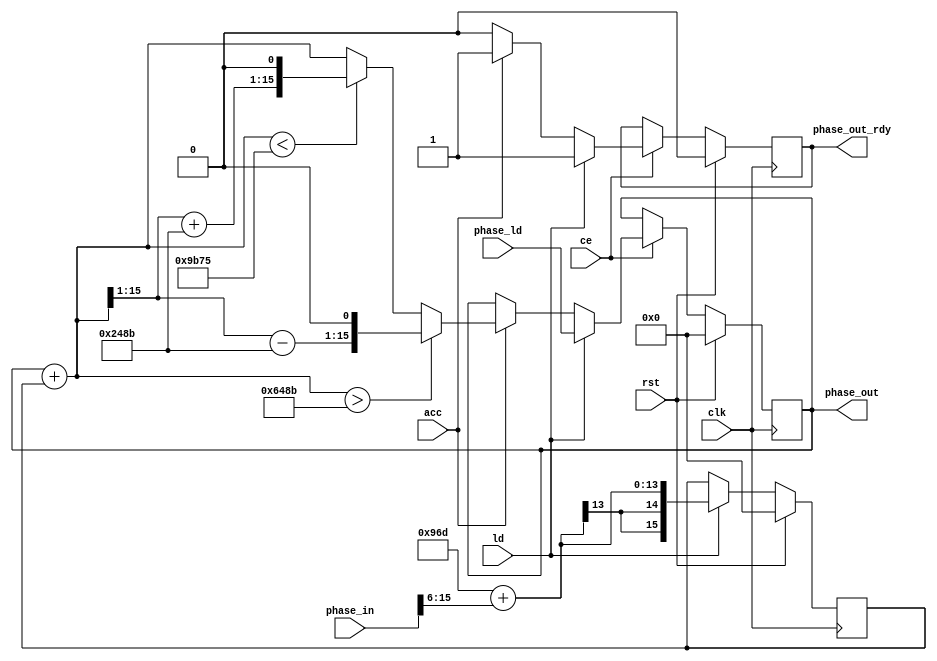
`timescale 1ns / 1ps
//////////////////////////////////////////////////////////////////////////////////
// Company: 
// Engineer: 
// 
// Design Name: 
// Module Name:    FreComp_PhaseRotAcc 
// Project Name: 
// Target Devices: 
// Tool versions: 
// Description: 
//
// Dependencies: 
//
// Revision: 
// Revision 0.01 - File Created
// Additional Comments: 
//
//////////////////////////////////////////////////////////////////////////////////
module FreComp_PhaseRotAcc(
    input clk,
    input rst,
    input ld,
    input acc,
	 input ce,
	 input [15:0] phase_ld,
    input [15:0] phase_in,
    output [15:0] phase_out,
    output reg phase_out_rdy
    );
parameter L 			= 6;  			//log2(64)
parameter Pi 			= 16'h648B;	//pi in 3Q16 (format 3.13)
parameter ifre_off	= 16'h096D;	   //pre integer frequency offset in 3Q16 (format 3.13) = -2*pi*n_off / NFFT; 
												//n_off is chosen -12 to limit integer frequency offset  -14 : 18 normalized frequency offset

//reg phase_out_rdy;	 

reg signed [15:0] phase_in_lat;
reg signed [15:0] phase_rot;

wire signed [15:0] phase_rot_acc  = phase_rot + phase_in_lat;
wire signed [15:0] phase_rot_adj1 = ($signed(phase_rot_acc >>> 1) - $signed(Pi)) <<1;
wire signed [15:0] phase_rot_adj2 = ($signed(phase_rot_acc >>> 1) + $signed(Pi)) <<1;
wire acc_gt_pi = ($signed(phase_rot_acc) > $signed(Pi));
wire acc_lt_pi = ($signed(phase_rot_acc) < $signed(-Pi));


always @(posedge clk)
begin
	if(rst)				phase_in_lat <= 16'd0; 
	else if (ld) 		phase_in_lat <= $signed(ifre_off) + ($signed(phase_in) >>> L);		
end

always @(posedge clk)
begin
	if(rst)	begin
			phase_rot 		<= 16'd0; 
			phase_out_rdy  <= 1'b0;
			end
	else if (ce) begin
		if (ld)		begin
			phase_rot 		<= $signed(phase_ld); 		
			phase_out_rdy  <= 1'b1;			
			end
		else if (acc) begin
			if 		(acc_gt_pi) 	phase_rot <= phase_rot_adj1; 
			else if 	(acc_lt_pi) 	phase_rot <= phase_rot_adj2; 
			else							phase_rot <= phase_rot_acc;	
			phase_out_rdy  <= 1'b1;			
			end
		else 	phase_out_rdy  <= 1'b0;
	end
end

assign phase_out = phase_rot;

endmodule